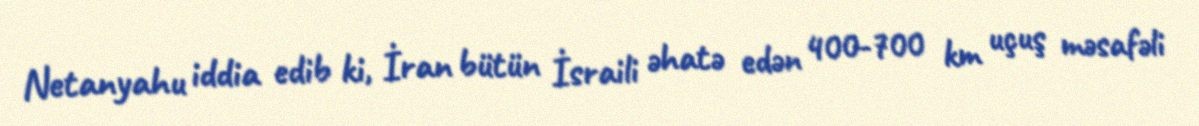
Netanyahu iddia edib ki, İran bütün İsraili əhatə edən 400-700 km uçuş məsafəli